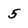
Character: 5